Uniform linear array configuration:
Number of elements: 12
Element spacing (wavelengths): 1
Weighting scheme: cosine
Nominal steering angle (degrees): -30
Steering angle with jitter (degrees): -31.497
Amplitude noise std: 0.05
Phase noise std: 0.05

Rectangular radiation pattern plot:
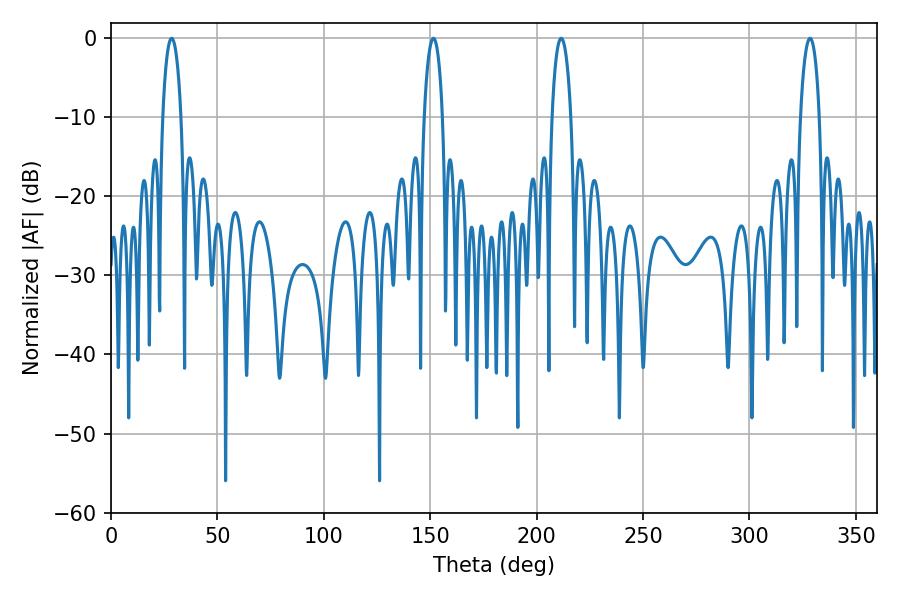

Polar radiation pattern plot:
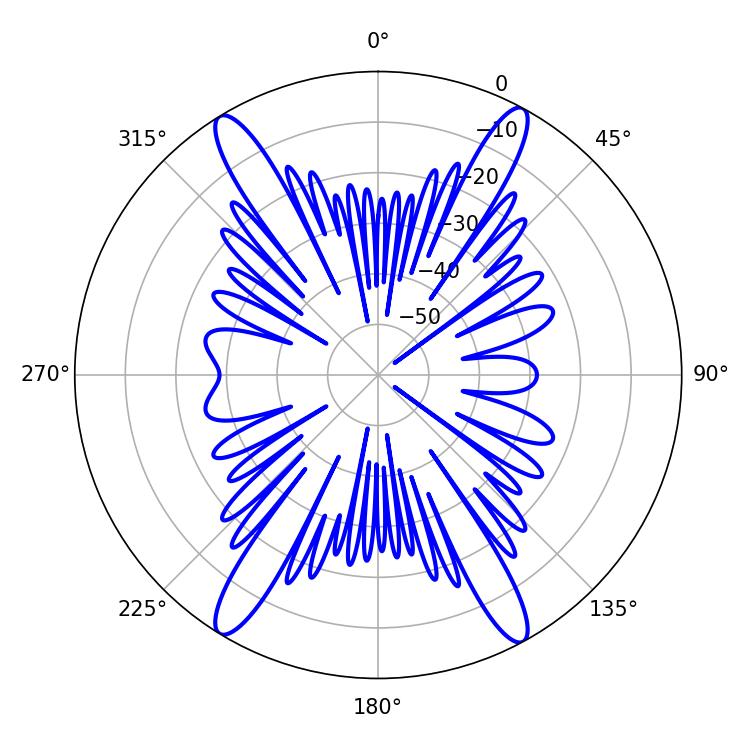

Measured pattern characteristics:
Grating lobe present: TRUE
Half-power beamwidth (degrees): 5.04
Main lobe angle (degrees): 211.5